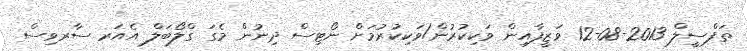
ތަފްސީލް 2013-08-12 ވަޒީފާއިން ވަކިކުރުން/ވަކިކުރުމަށް ނޯޓިސް ދިނުން މެގަ ގްލޯބަލް އެއަރ ސާރވިސް